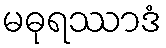
မဓုရဿာဒံ